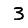
Digit: 3